Civil Veterinary Dept. Bombay admin report 1907-1913 - 1907-1913
Year: 1907
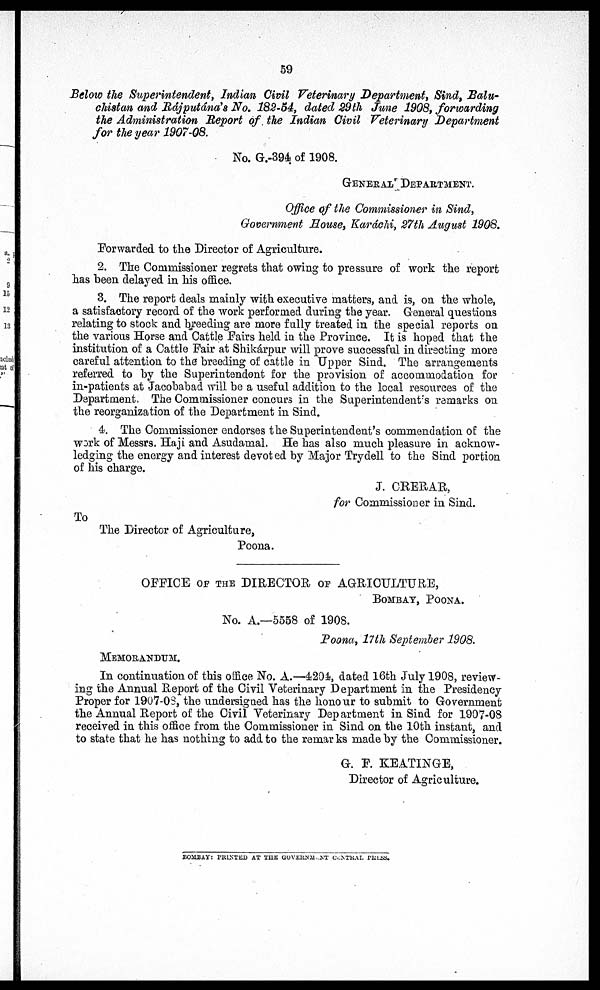
59
Below the Superintendent, Indian Civil Veterinary Department, Sind, Balu¬chistan and Rájputána's No, 182-54, dated 39th Jun
No. G.-394 of 1908.
GENERAL DEPARTMENT.
Office of the Commissioner in Sind,
Government Mouse, Karáchi, 27th August 1908.
Forwarded to the Director of Agriculture.
2. The Commissioner regrets that owing to pressure of work the report
has been delayed in his office.
3. The report deals mainly with executive matters, and is, on the whole,
a satisfactory record of the work performed during the year. General questions
relating to stock and breeding are more fully treated in the special reports on
the various Horse and Cattle Fairs held in the Province. It is hoped that the
institution of a Cattle Fair at Shikárpur will prove successful in directing more
careful attention to the breeding of cattle in Upper Sind. The arrangements
referred to by the Superintendent for the provision of accommodation for
in-patients at Jacobabad will be a useful addition to the local resources of the
Department. The Commissioner concurs in the Superintendent's remarks on
the reorganization of the Department in Sind.
4. The Commissioner endorses the Superintendent's commendation of the
work of Messrs. Haji and Asudamal. He has also much pleasure in acknow¬
ledging the energy and interest devoted by Major Trydell to the Sind portion
of his charge.
J. CRERAR,
for Commissioner in Sind.
To
The Director of Agriculture,
Poona.
OFFICE of the DIRECTOR, of AGRICULTURE,
BOMBAY, POONA.
No. A.—5558 of 1908.
Poona, 17th September 1908.
MEMORANDUM.
In continuation of this office No. A.—4204, dated 16th July 1908, review¬
ing the Annual Report of the Civil Veterinary Department in the Presidency
Proper for 1907-08, the undersigned has the honour to submit to Government
the Annual Report of the Civil Veterinary Department in Sind for 1907-08
received in this office from the Commissioner in Sind on the 10th instant, and
to state that he has nothing to add to the remarks made by the Commissioner.
G. F. KEATINGE,
Director of Agriculture.
BOMBAY: PRINTED AT THE GOVERNMENT CENTRAL PRESS.